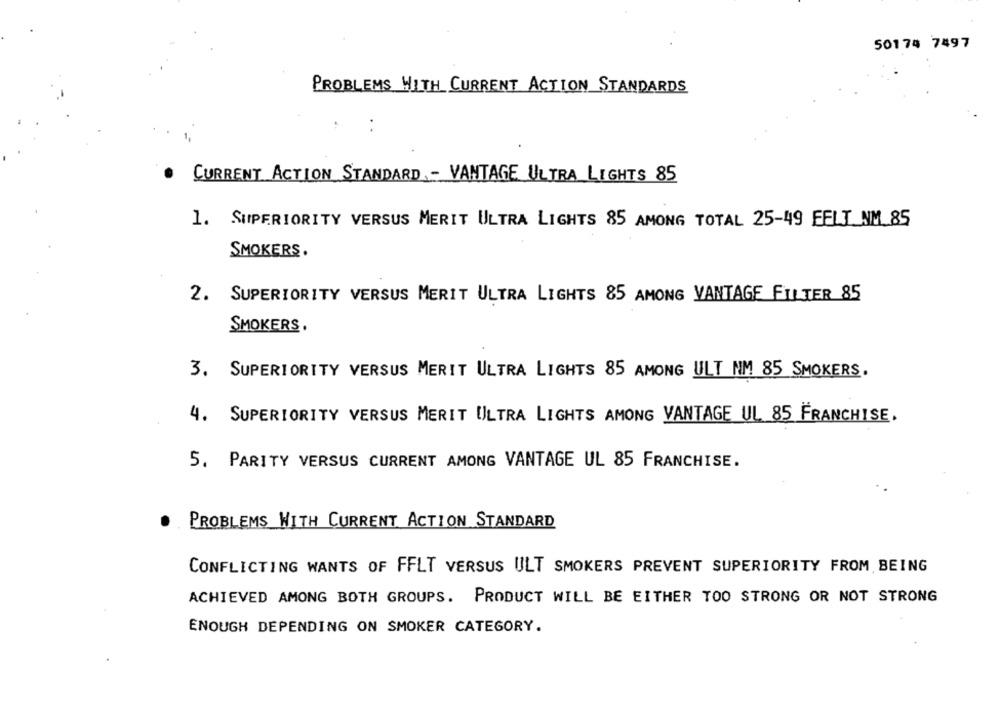
50174 7497
PROBLEMS WITH CURRENT ACTION STANDARDS
..
CURRENT ACTION STANDARD ,- VANTAGE ULTRA LIGHTS 85
1. SUPERIORITY VERSUS MERIT ULTRA LIGHTS 85 AMONG TOTAL 25-49 FELT_NM_85
SMOKERS.
2. SUPERIORITY VERSUS MERIT ULTRA LIGHTS 85 AMONG VANTAGE FILTER 85
SMOKERS .
3. SUPERIORITY VERSUS MERIT ULTRA LIGHTS 85 AMONG ULT NM 85 SMOKERS.
4. SUPERIORITY VERSUS MERIT ULTRA LIGHTS AMONG VANTAGE UL 85 FRANCHISE.
5. PARITY VERSUS CURRENT AMONG VANTAGE UL 85 FRANCHISE.
PROBLEMS WITH CURRENT ACTION STANDARD
CONFLICTING WANTS OF FFLT VERSUS ULT SMOKERS PREVENT SUPERIORITY FROM BEING
ACHIEVED AMONG BOTH GROUPS. PRODUCT WILL BE EITHER TOO STRONG OR NOT STRONG
ENOUGH DEPENDING ON SMOKER CATEGORY.